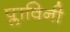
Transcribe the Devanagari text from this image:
प्लाविनी